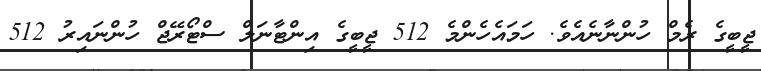
ޖީބީގެ ރެމް ހުންނާނެއެވެ. ހަމައެހެންމެ 512 ޖީބީގެ އިންޓާނަލް ސްޓޯރޭޖް ހުންނައިރު 512